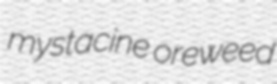
mystacine oreweed